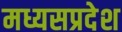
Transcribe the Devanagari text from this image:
मध्यसप्रदेश